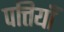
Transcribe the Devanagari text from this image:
पत्तियॉँ